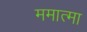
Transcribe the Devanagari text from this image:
ममात्मा